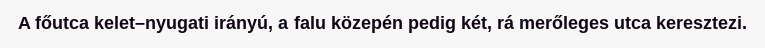
A főutca kelet–nyugati irányú, a falu közepén pedig két, rá merőleges utca keresztezi.